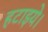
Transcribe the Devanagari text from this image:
हटाइये।